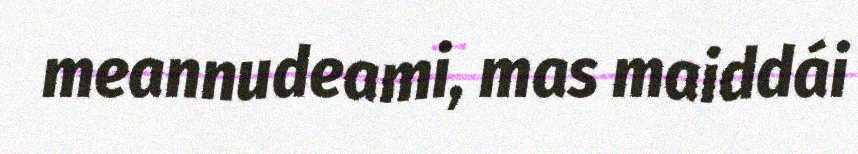
meannudeami, mas maiddái